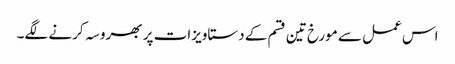
اس عمل سے مورخ تین قسم کے دستاویزات پر بھروسہ کرنے لگے۔